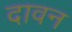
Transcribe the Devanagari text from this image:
दावन